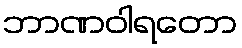
ဘာဏဝါရတော